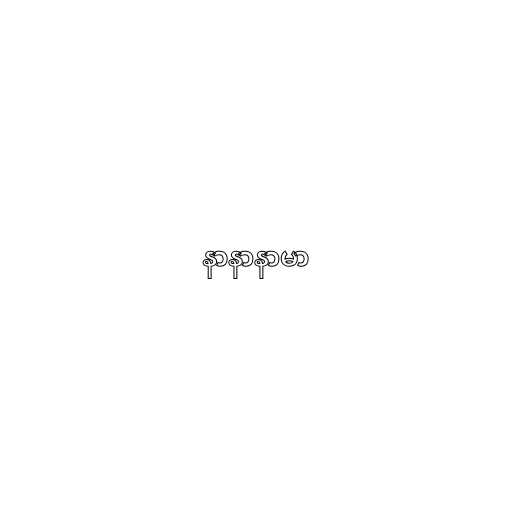
နာနာနာမာ